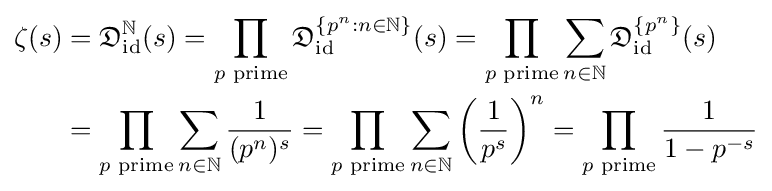
{\begin{aligned}\zeta (s)&={\mathfrak {D}}_{\operatorname {id} }^{\mathbb {N} }(s)=\prod _{p{\text{ prime}}}{\mathfrak {D}}_{\operatorname {id} }^{\{p^{n}:n\in \mathbb {N} \}}(s)=\prod _{p{\text{ prime}}}\sum _{n\in \mathbb {N} }{\mathfrak {D}}_{\operatorname {id} }^{\{p^{n}\}}(s)\\&=\prod _{p{\text{ prime}}}\sum _{n\in \mathbb {N} }{\frac {1}{(p^{n})^{s}}}=\prod _{p{\text{ prime}}}\sum _{n\in \mathbb {N} }\left({\frac {1}{p^{s}}}\right)^{n}=\prod _{p{\text{ prime}}}{\frac {1}{1-p^{-s}}}\end{aligned}}